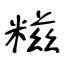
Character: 糍